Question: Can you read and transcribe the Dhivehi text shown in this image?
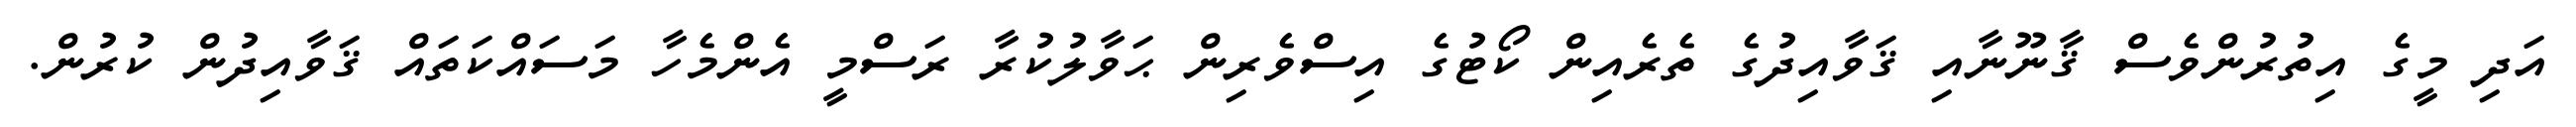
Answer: އަދި މީގެ އިތުރުންވެސް ޤާނޫނާއި ޤަވާއިދުގެ ތެރެއިން ކޯޓުގެ އިސްވެރިން ޙަވާލުކުރާ ރަސްމީ އެންމެހާ މަސައްކަތައް ޤަވާއިދުން ކުރުން.